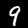
Label: 9